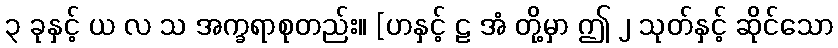
၃ ခုနှင့် ယ လ သ အက္ခရာစုတည်း။ [ဟနှင့် ဠ အံ တို့မှာ ဤ ၂ သုတ်နှင့် ဆိုင်သော